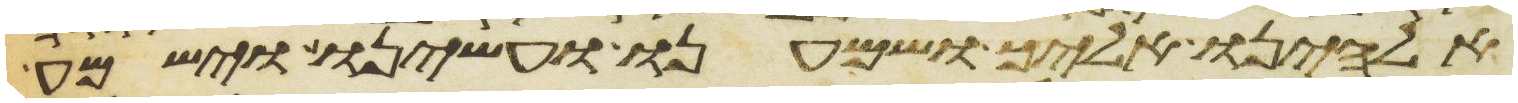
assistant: אלהינו אליך ושמענו ועשינו וישמע